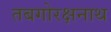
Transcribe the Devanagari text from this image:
तबगोरक्षनाथ